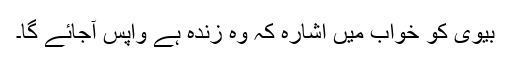
بیوی کو خواب میں اشارہ کہ وہ زندہ ہے واپس آجائے گا۔